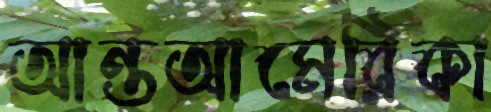
আন্তআমেরিকা